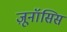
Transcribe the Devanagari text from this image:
ज़ूनॉसिस